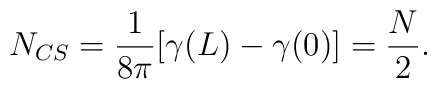
N_{CS}=\frac{1}{8\pi}[ \gamma (L)-\gamma (0) ]=\frac{N}{2}.